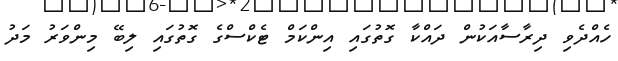
ހެއްދެވި ދިރާސާއަކުން ދައްކާ ގޮތުގައި އިންކަމް ޓެކްސްގެ ގޮތުގައި ލިބޭ މިންވަރު މަދު